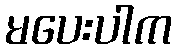
မပေးပါက